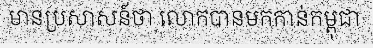
មានប្រសាសន៍ថា លោកបានមកកាន់កម្ពុជា